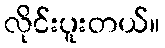
လိုင်းပူးတယ်။